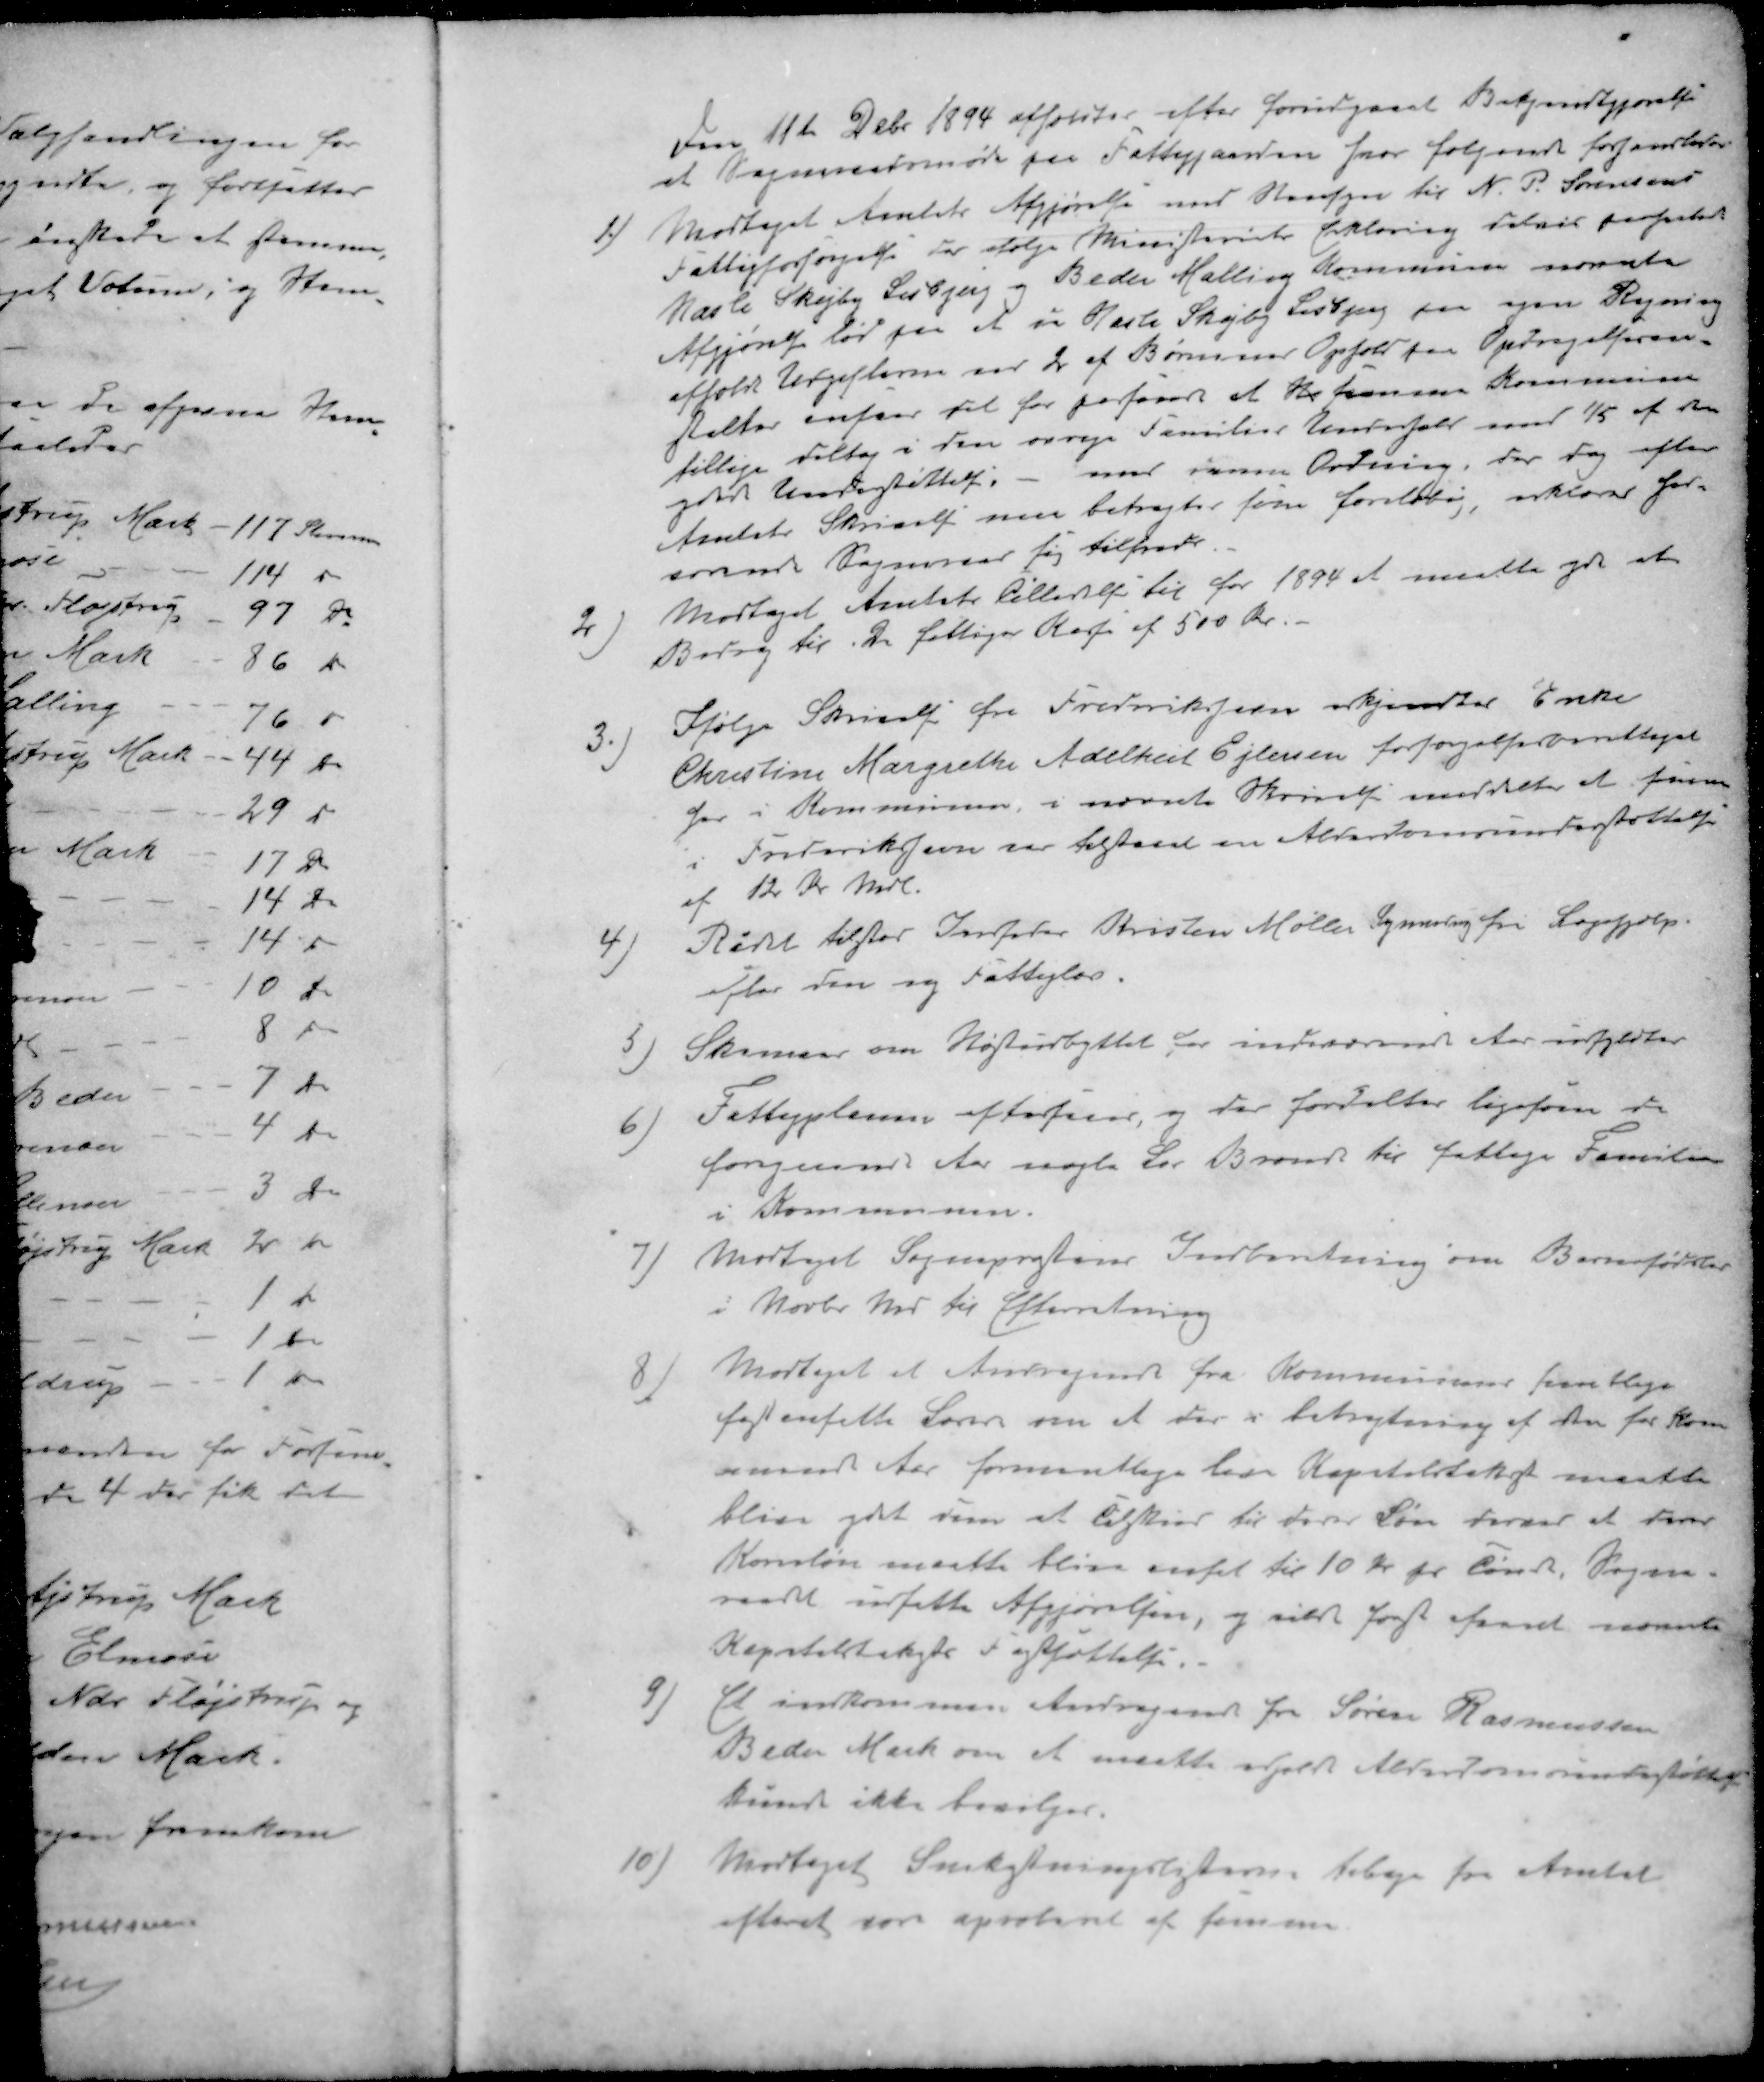
Transskription:
Den 11te Debr 1894 afholdtes efter forudgaaet Bekjendtgjørelse
at Sogneraadsmøde paa Fattiggaarden hvor følgende forhandledes
1 / Modtaget Amtets Afgjørelse med Hensyn til N. P. Sørensens
Fattigforsørgelse der ifølge Ministeriets Erklæring delvis paafaldt
Hasle Skejby Lisbjerg og Beder Malling Kommune nævnte
Afgjørelse lød paa at vi Hasle Skejby Lisbjerg paa egen Regning
afholdt Udgifterne for 2 af Børnenes Ophold paa Opdragelsesan-
stalter angaar vil der paaføres at Herværende Kommune
tillige deltog i den øvrige Families Underhold som 1/5 af den
ydede Understøttelse. - med samme Ordning der dog efter
Amtets Skrivelse nu betragtes som foreløbig erklærer 
 Sogneraad sig tilfreds
2 / Modtaget Amtets Tilladelse til for 1894 et maatte yde et
Bidrag til De fattiges Kasse af 500 Kr.
3. / Ifølge Skrivelse fra Frederikshavn erkjendtes Enke
Christine Margrethe Adelheit Ejlersen forsørgelsesberettiget
der i Kommunen, i nævnte Skrivelse meddeler at fruen
i Frederikshavn var tilstaaet en Alderdomsunderstøttelse
af 12 Kr mdl.
4 / Radet tilstod  Kristen Møller Synnedrup fri Lægehjælp.
efter den ny Fattiglov
5 / Skemaer om Høstudbyttet for indeværende Aar udfyldtes
6) Fattigplanen eftersaas, og der fordeltes ligesom de
foregaaende Aar nogle læs Brænde til fattige Familien
i Kommunen.
7) Modtaget Sognepræstens Indberetning om Barnefødsler
i Novbr. Md til Efterretning
8 / Modtaget et Andragende fra Kommunens fra lige
løst ansatte Lærer om at der i betragtning af den for kom-
mende Aar formentlige lave Kapiteltakst maatte
blive ydet ham et Tilskud til deres Løn derved at deres
Konsløn maatte blive ansat til 10 Kr. pr.  Sogne-
raadet udsatte Afgjørelsen, og sidst først afvente nævnte
Kapiteltakste Fastsættelse.
9) Et indkommen Andragende fra Søren Rasmussen
Beder Mark om at maatte erholde Alderdomomsbestøttel
kunde ikke bevilges.
10) Modtaget Snerydningslisterne tilbage fra Amtet
 som aproteret af samme